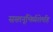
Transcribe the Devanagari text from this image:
सस्तनूभिर्व्यशेमहि